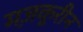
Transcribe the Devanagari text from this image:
मज़कूरीन